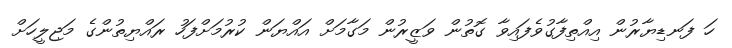
ހަ ފަނޑިޔާރުން އިއްތިފާގުވެފައިވާ ގޮތުން ވަޒީރުން މަގާމަށް އައްޔަން ކުރުމަށްފަހު ރައްޔިތުންގެ މަޖިލީހަށް